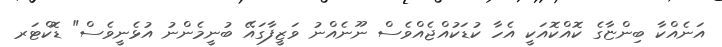
އަނެއްކާ ބިންޏާގެ ކޮއްކޮއަކީ އެހާ ކުޑަކުއްޖެއްވެސް ނޫނެއްނު ވަޒީފާގައޭ ބުނީމެންނު އުޅެނީވެސް" ޑޮކްޓަރ